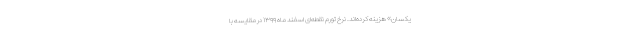
یکسان» هزینه کرده­اند. نرخ تورم نقطه‌ای اسفند ماه ١٣٩٩ در مقایسه با